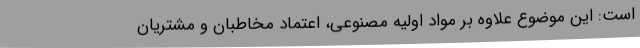
است: این موضوع علاوه بر مواد اولیه مصنوعی، اعتماد مخاطبان و مشتریان